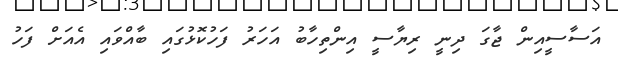
އަސާސީއިން ޖާގަ ދިނީ ރިޔާސީ އިންތިހާބު އަހަރު ފަހުކޮޅުގައި ބާއްވައި އެއަށް ފަހު